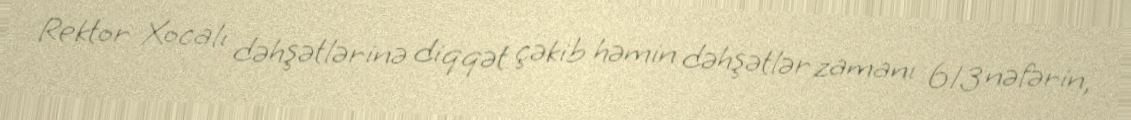
Rektor Xocalı dəhşətlərinə diqqət çəkib həmin dəhşətlər zamanı 613 nəfərin,